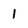
Character: 1